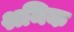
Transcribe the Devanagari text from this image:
श्रमिक